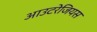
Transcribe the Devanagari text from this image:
आउटरेजियस